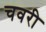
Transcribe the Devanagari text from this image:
चवरी